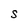
Character: S